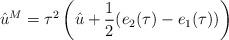
LaTeX: \begin{align*}\hat{u}^M=\tau ^{2} \left(\hat{u}+\frac {1}{2}(e_{2}(\tau) -e_{1}(\tau))\right)\end{align*}